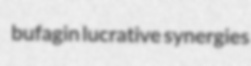
bufagin lucrative synergies